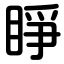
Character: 睜